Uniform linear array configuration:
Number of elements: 64
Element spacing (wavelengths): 0.25
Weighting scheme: exponential
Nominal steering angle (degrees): -30
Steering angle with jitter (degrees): -29.898
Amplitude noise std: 0.05
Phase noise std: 0.05

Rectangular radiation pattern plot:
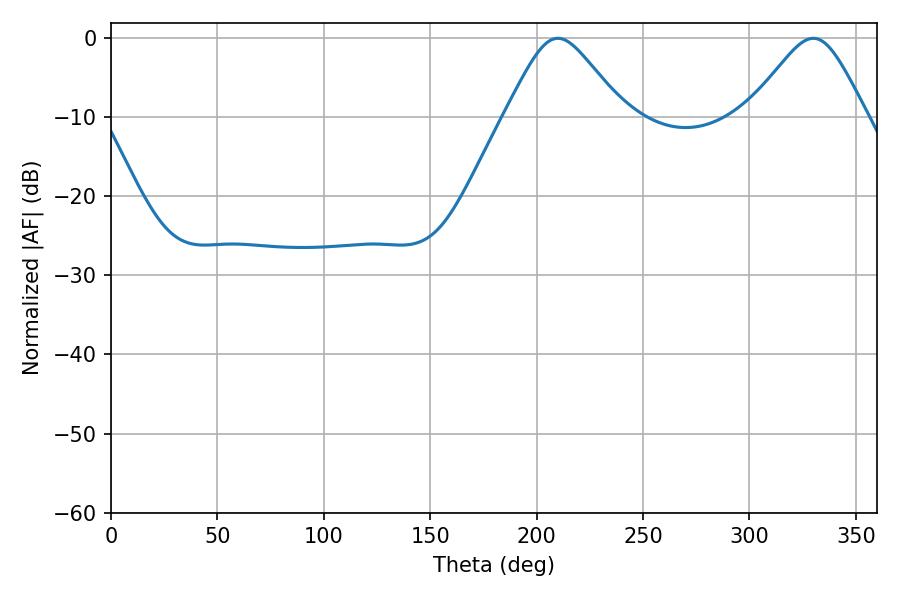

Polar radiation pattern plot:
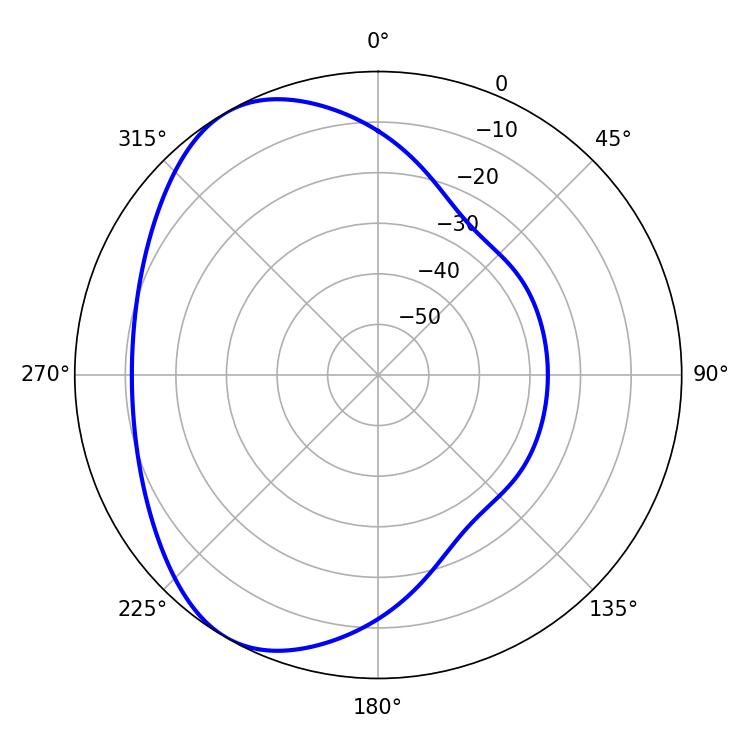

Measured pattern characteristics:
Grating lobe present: FALSE
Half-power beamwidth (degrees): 27
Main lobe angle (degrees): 210.06